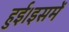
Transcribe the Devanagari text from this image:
हुई।इसमें